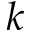
k